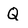
Character: Q